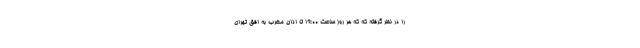
را در نظر گرفته که که هر روز ساعت 19:00 تا اذان مغرب به افق تهران